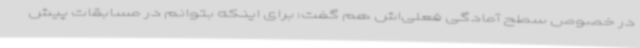
در خصوص سطح آمادگی فعلی‌اش هم گفت: برای اینکه بتوانم در مسابقات پیش